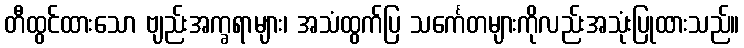
တီထွင်ထားသော ဗျည်းအက္ခရာများ၊ အသံထွက်ပြ သင်္ကေတများကိုလည်းအသုံးပြုထားသည်။